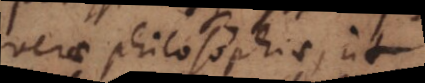
verae philosophiae, ut